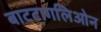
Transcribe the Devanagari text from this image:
बाटटागलिओन